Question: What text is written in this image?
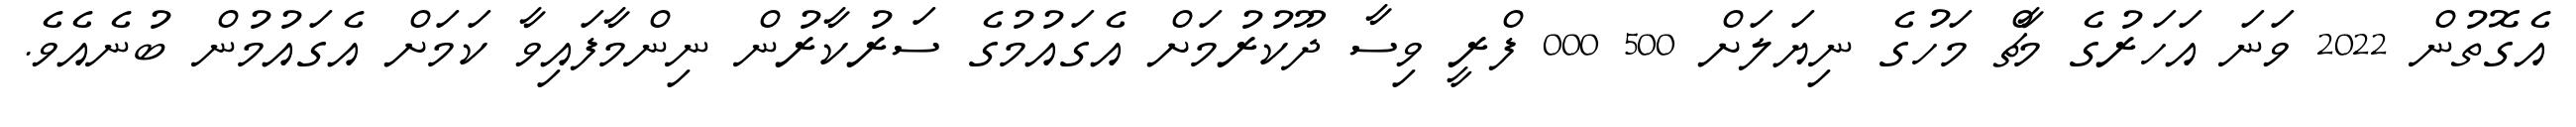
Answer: އެގޮތުން 2022 ވަނަ އަހަރުގެ މާޗް މަހުގެ ނިޔަލަށް 500 000 ފްރީ ވިސާ ދޫކުރުމަށް އެގައުމުގެ ސަރުކާރުން ނިންމާފައިވާ ކަމަށް އެގައުމުން ބުނެއެވެ.